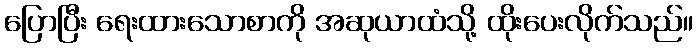
ပြောပြီး ရေးထားသောစာကို အဆုယာထံသို့ ထိုးပေးလိုက်သည်။